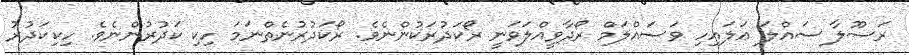
ރަސޫލާ ސައްލަ ޢަލައިހި ވަސައްލަމް ރޯދާވީއްލަވަނީ ރޯކަދުރަކުންނެވެ. ރޯކަދުރުނެތްނަމަ ހިކި ކަދުރުންނެވެ. ހިކިކަދުރު